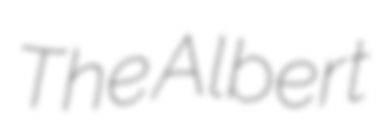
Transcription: The Albert